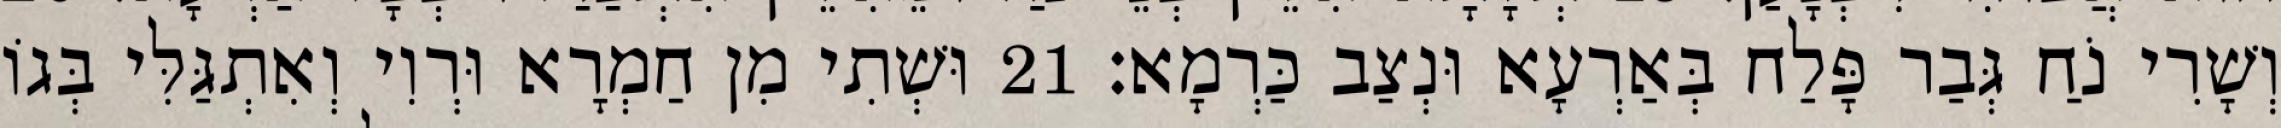
וְשָׁרִי נֹחַ גְּבַר פָּלַח בְּאַרְעָא וּנְצַב כַּרְמָא׃ 21 וּשְׁתִי מִן חַמְרָא וּרְוִי וְאִתְגַּלִּי בְּגוֹ